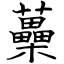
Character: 蘽